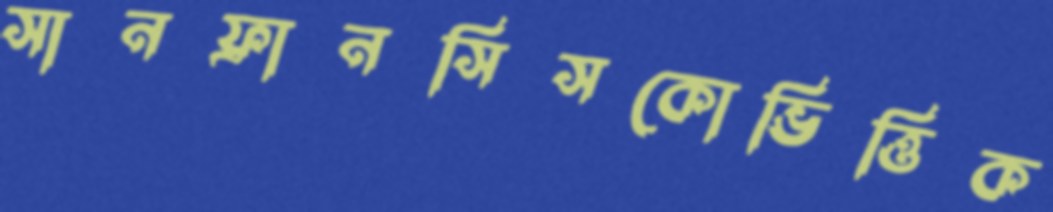
সানফ্রানসিসকোভিত্তিক